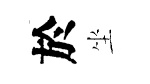
於坐